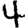
Digit: 4